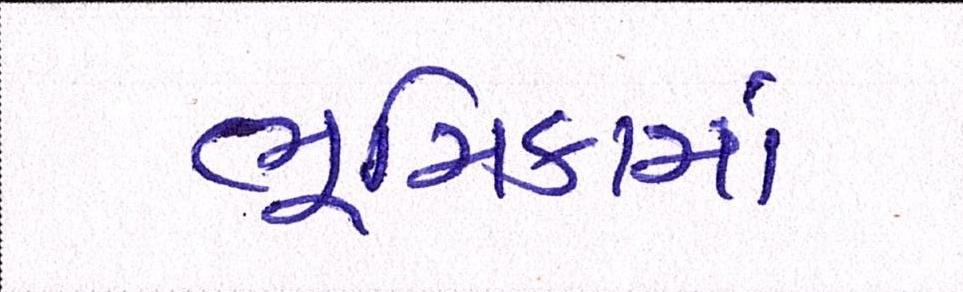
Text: ભૂમિકામાં